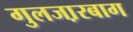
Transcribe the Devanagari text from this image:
गुलजा़रबाग